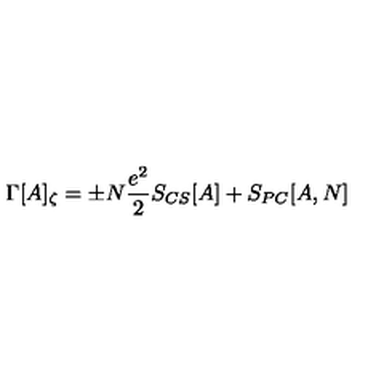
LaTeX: \Gamma [ A ] _ { \zeta } = \pm N \frac { e ^ { 2 } } { 2 } S _ { C S } [ A ] + S _ { P C } [ A , N ]